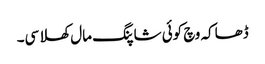
ڈھاکہ وچ کوئی شاپنگ مال کھلا سی۔